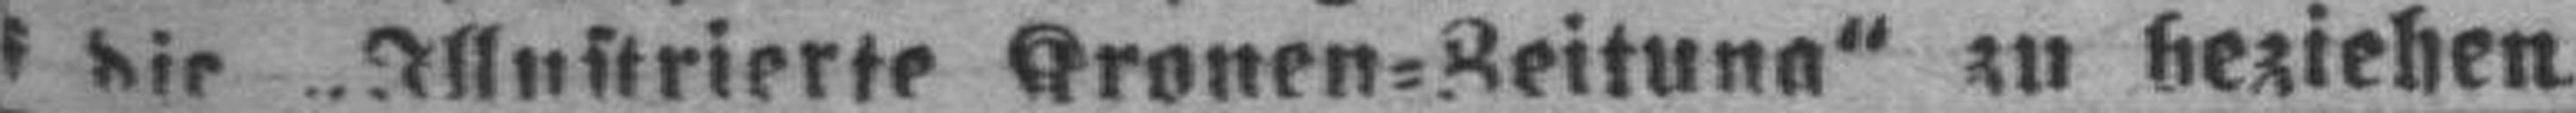
###f die „Illustrierte Kronen=Zeitung“ zu beziehen.